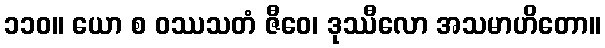
၁၁၀။ ယော စ ဝဿသတံ ဇီဝေ၊ ဒုဿီလော အသမာဟိတော။